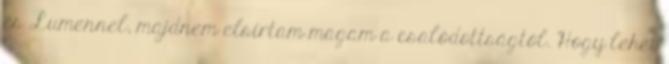
és Lumennel, majdnem elsírtam magam a csalódottságtól. Hogy lehet